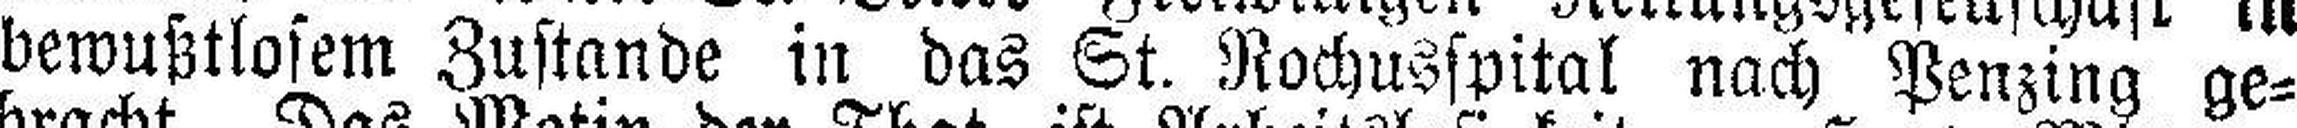
bewußtlosem Zustande in das St. Rochusspital nach Penzing ge¬